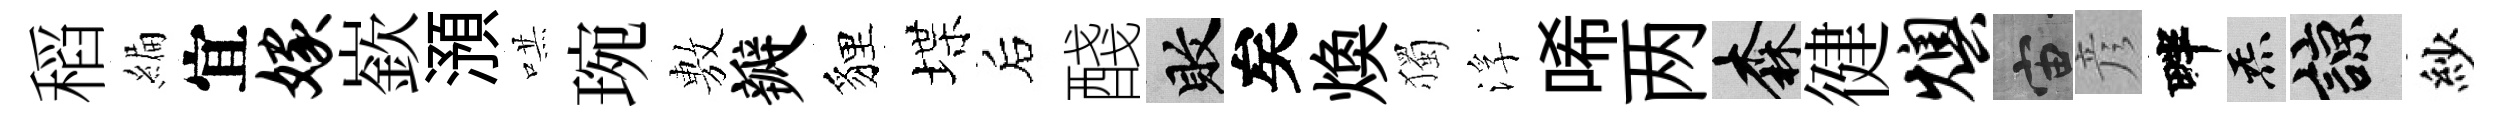
稻編宜嫁嶔澦哄琬𢾾瓣貍堞后醆敗矣焕獨浮唏两森徤燠宙彦畔炁諒紗